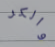
والكر